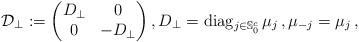
LaTeX: \begin{align*} {\cal D}_\bot := \begin{pmatrix} D_\bot & 0 \\0 & - D_\bot \end{pmatrix}, D_\bot = {\rm diag}_{j \in {\mathbb S}_0^c} \, \mu_j\,, \mu_{-j} = \mu_j \, ,\end{align*}